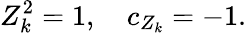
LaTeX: Z_{k}^{2}=1,\quad c_{Z_{k}}=-1.